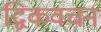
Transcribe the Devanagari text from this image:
द्विकवचन